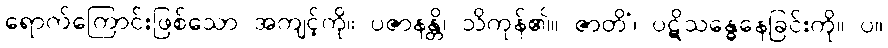
ရောက်ကြောင်းဖြစ်သော အကျင့်ကို။ ပဇာနန္တိ၊ သိကုန်၏။ ဇာတိံ၊ ပဋိသန္ဓေနေခြင်းကို။ ပ။